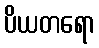
ပိယတရော